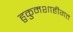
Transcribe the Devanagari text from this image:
हुकुमशाहीगत